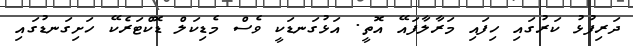
ދަރިފުޅު ކަރުގައި ހިފައި މަރާލާފައޭ އޮތީ. އަޅުގަނޑަކީ ވެސް މެޑިކަލް ޑޮކްޓަރެކޭ ހަށިގަނޑުގައި